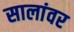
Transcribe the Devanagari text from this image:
सालांवर